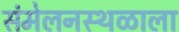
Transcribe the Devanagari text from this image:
संमेलनस्थळाला